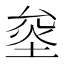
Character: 𰉿